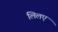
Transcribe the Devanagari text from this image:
लिलए